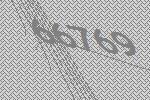
66769